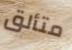
متألق